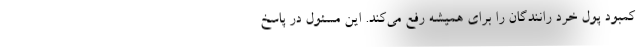
کمبود پول خرد رانندگان را برای همیشه رفع می‌کند. این مسئول در پاسخ